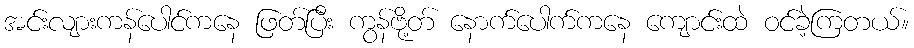
အင်းလျားကန်ပေါင်ကနေ ဖြတ်ပြီး ကွန်ဗို့တ် နောက်ပေါက်ကနေ ကျောင်းထဲ ဝင်ခဲ့ကြတယ်။